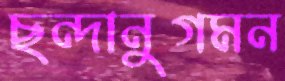
ছন্দানুগমন